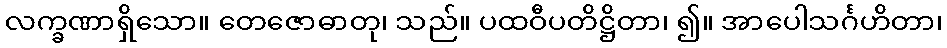
လက္ခဏာရှိသော။ တေဇောဓာတု၊ သည်။ ပထဝီပတိဋ္ဌိတာ၊ ၍။ အာပေါသင်္ဂဟိတာ၊